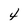
Character: 4